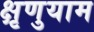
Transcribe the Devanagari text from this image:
क्षृणुयाम